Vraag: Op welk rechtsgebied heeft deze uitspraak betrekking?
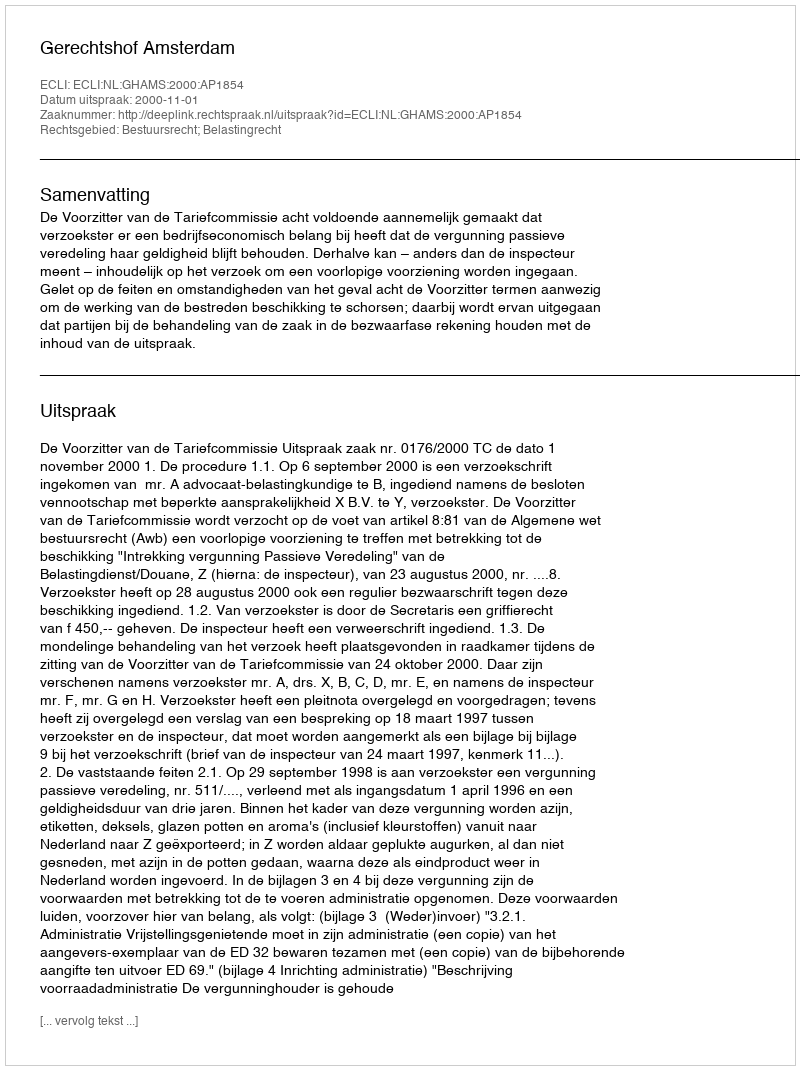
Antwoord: Bestuursrecht; Belastingrecht